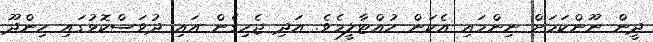
ދީން ނޫންކަމަށް ނިންމައި އެކަން ހުއްޓާލީމެވެ. އަދި ޖެހިގެން އައި ދުވަސްކޮޅުގައި ހިންދޫ